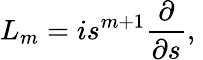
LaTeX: {L}_{m}=is^{m+1}\frac{\partial}{\partial s},\;